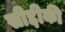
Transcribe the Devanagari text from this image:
सीद्दीकी